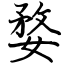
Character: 婺